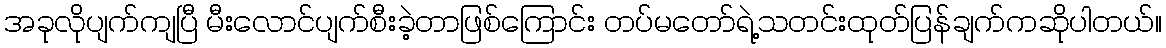
အခုလိုပျက်ကျပြီ မီးလောင်ပျက်စီးခဲ့တာဖြစ်ကြောင်း တပ်မတော်ရဲ့သတင်းထုတ်ပြန်ချက်ကဆိုပါတယ်။